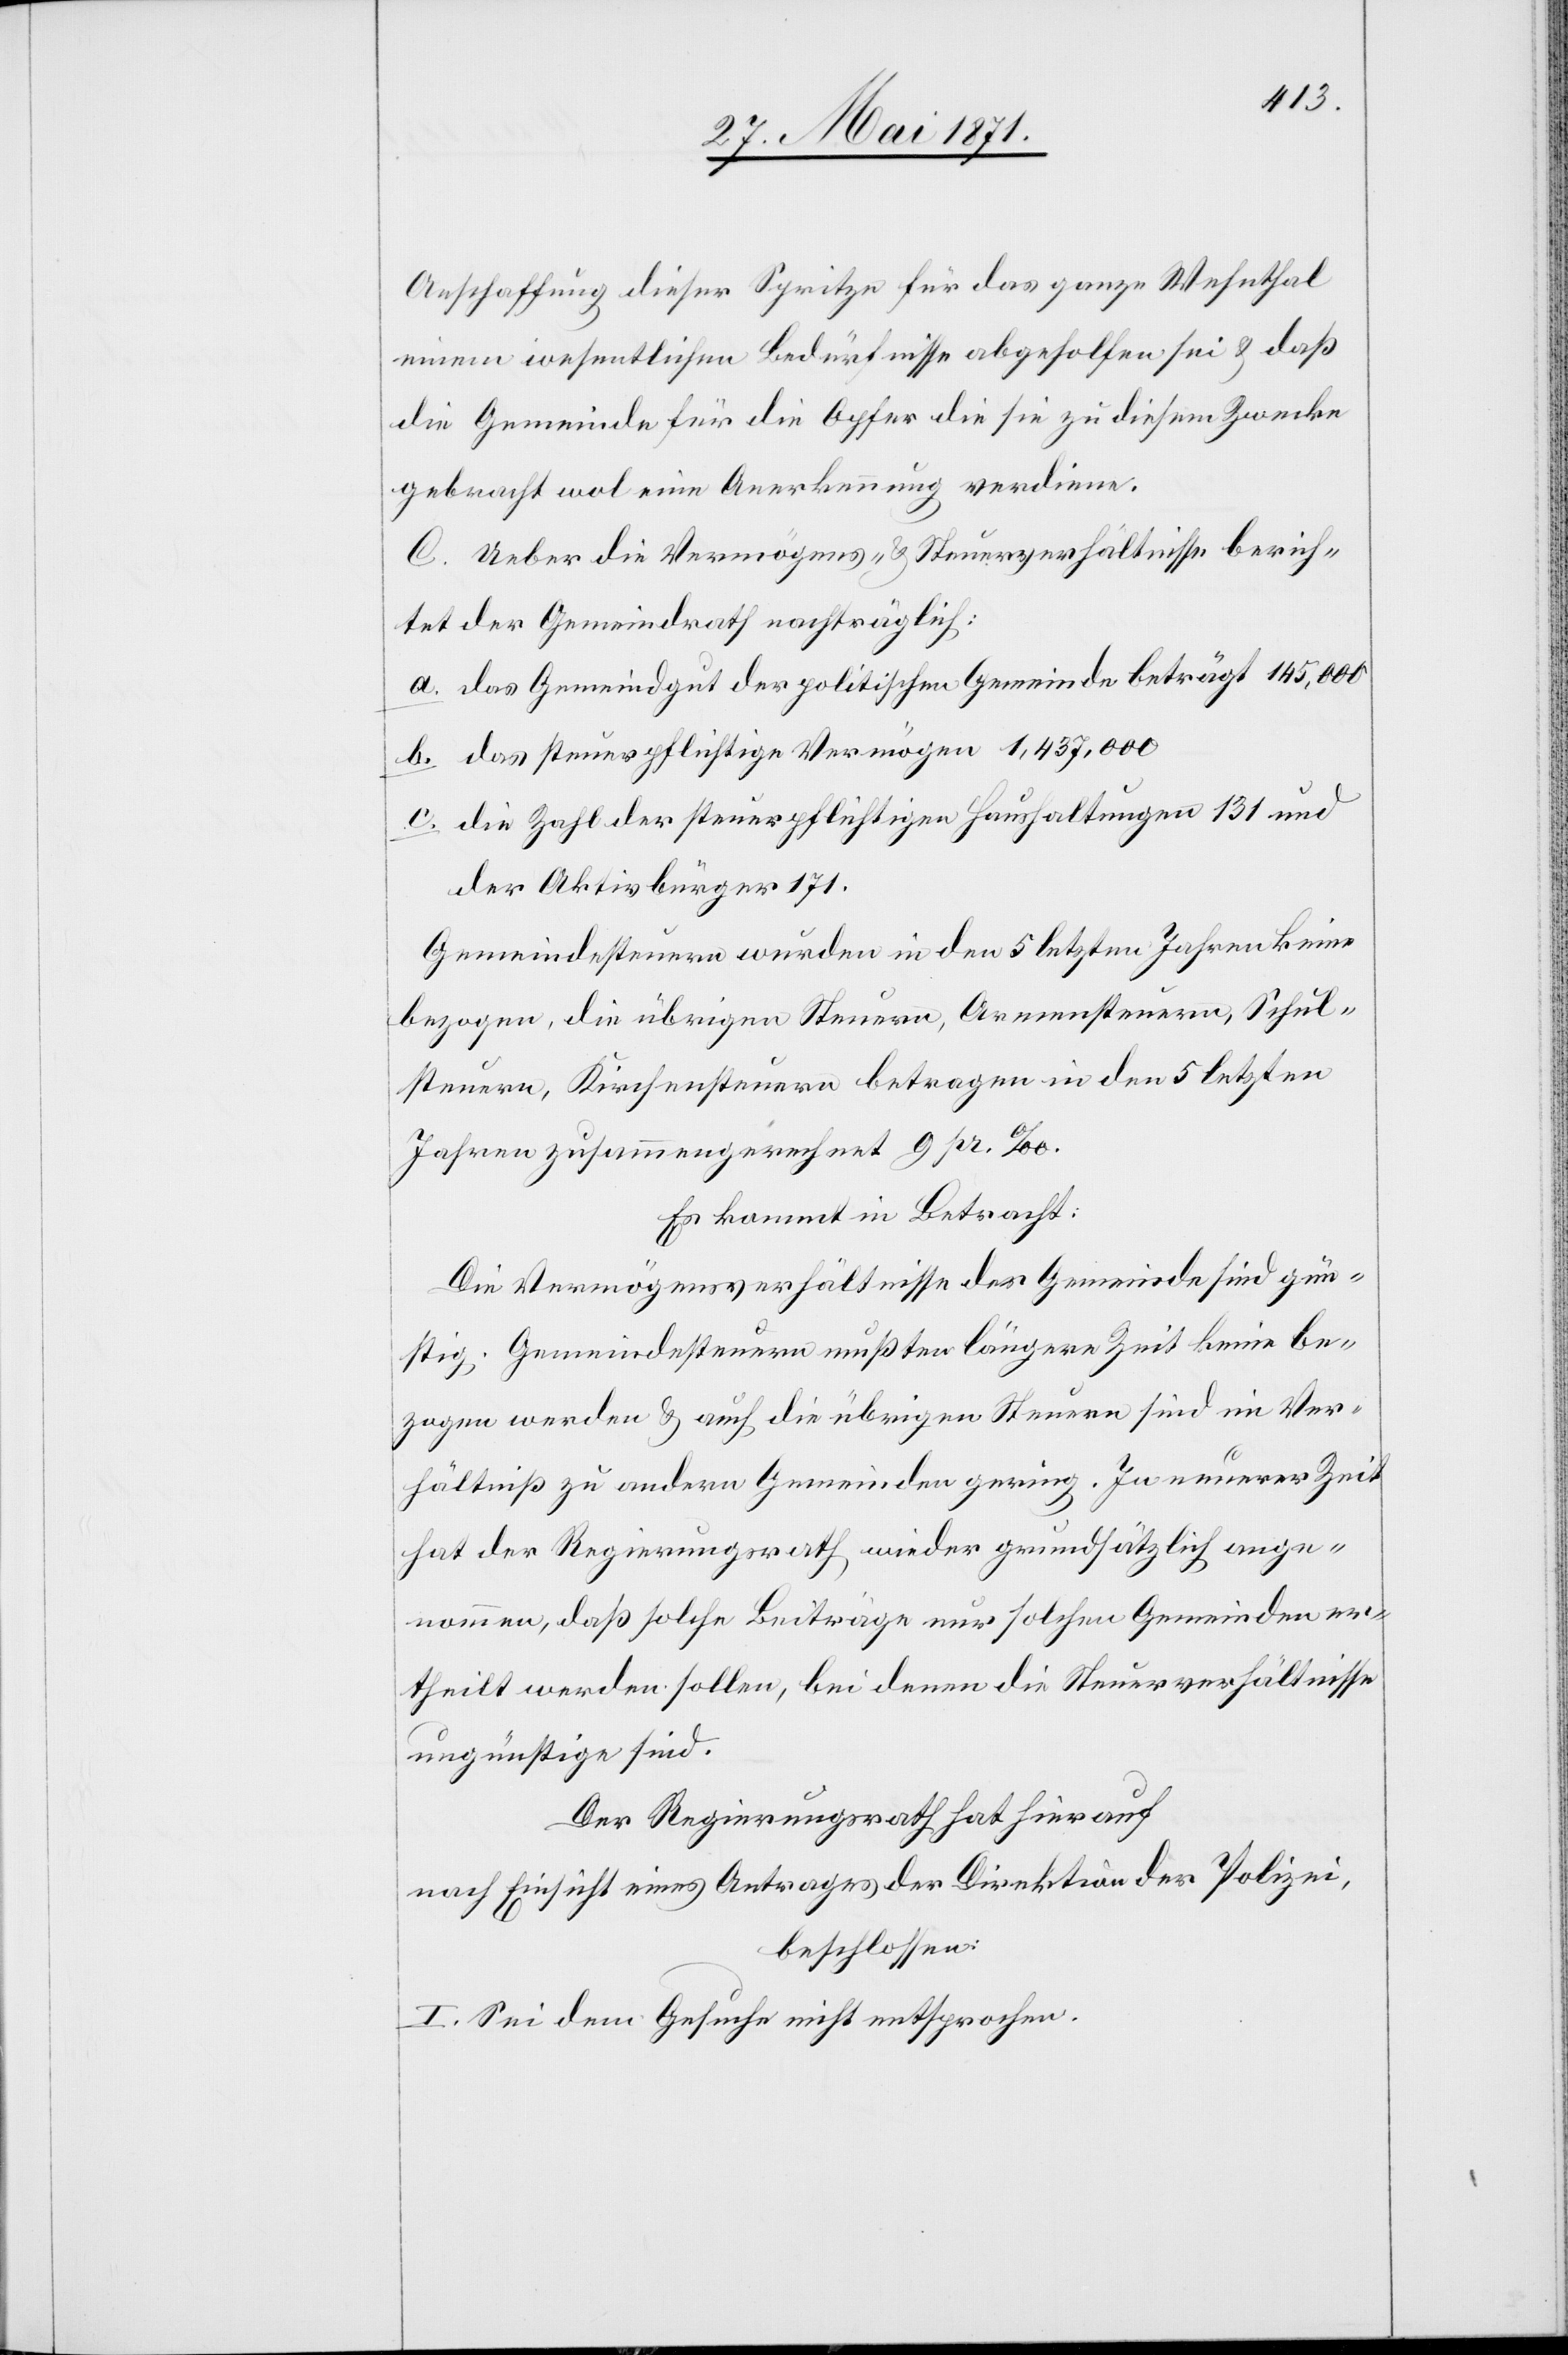
Anschaffung dieser Spritze für das ganze Wehnthal
einem wesentlichen Bedürfnisse abgeholfen sei u. daß
die Gemeinde für die Opfer die sie zu diesem Zwecke
gebracht wol eine Anerkennung verdiene.
C. Ueber die Vermögens- u. Steuerverhältnisse berich¬
tet der Gemeindrath nachträglich:
a. das Gemeindgut der politischen Gemeinde beträgt 145,000
b. das steuerpflichtige Vermögen 1,437,000
c. die Zahl der steuerpflichtigen Haushaltungen 131 und
der Aktivbürger 171.
Gemeindesteuern werden in den 5 letzten Jahren keine
bezogen, die übrigen Steuern, Armensteuern, Schul¬
steuern, Kirchensteuern betragen in den 5 letzten
Jahren zusammengerechnet 9 pr. ‰.
Es kommt in Betracht:
Die Vermögensverhältnisse der Gemeinde sind gün¬
stig. Gemeindesteuern mußten längere Zeit keine be¬
zogen werden u. auch die übrigen Steuern sind im Ver¬
hältniß zu andern Gemeinden gering. In neuerer Zeit
hat der Regierungsrath wieder grundsätzlich ange¬
nommen, daß solche Beiträge nur solchen Gemeinden er¬
theilt werden sollen, bei denen die Steuerverhältnisse
ungünstig sind.
Der Regierungsrath hat hierauf
nach Einsicht eines Antrages der Direktion der Polizei,
beschlossen:
I. Sei dem Gesuche nicht entsprochen.